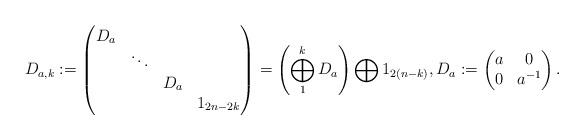
\begin{align*}D_{a,k} := \begin{pmatrix}D_{a} \\& \ddots \\&&D_{a} \\&&&1_{2n-2k}\end{pmatrix}= \left(\bigoplus_{1}^{k}D_{a}\right) \bigoplus 1_{2(n-k)}, D_{a} :=\begin{pmatrix}a & 0 \\0 & a^{-1}\end{pmatrix}.\end{align*}